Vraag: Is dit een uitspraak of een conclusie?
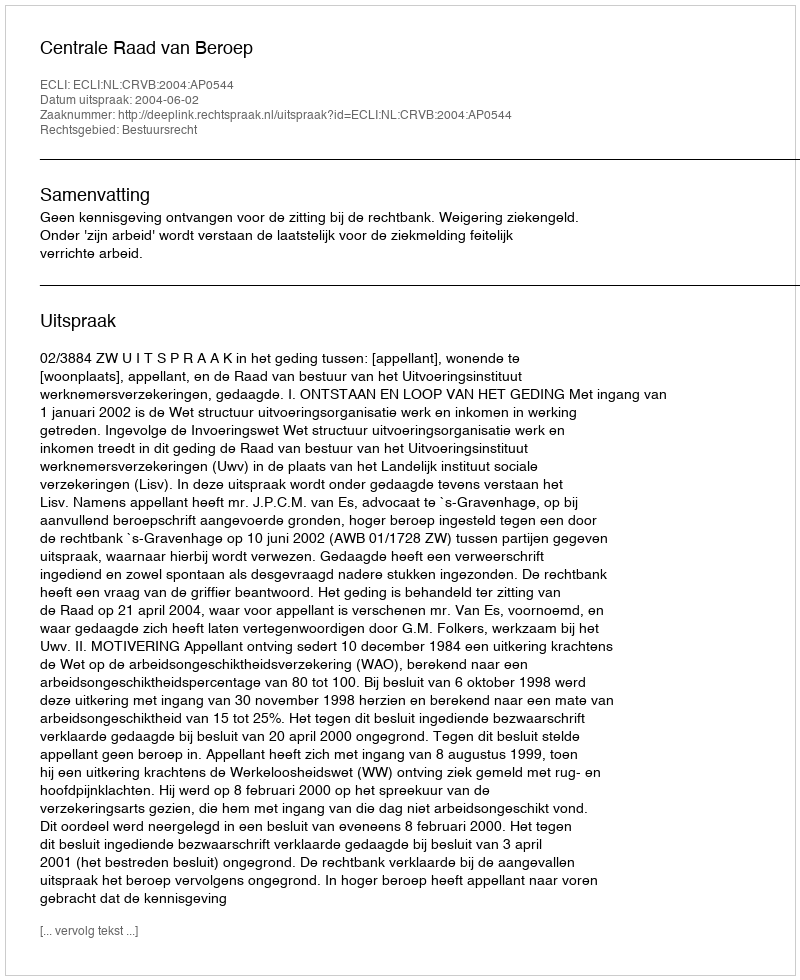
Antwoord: Uitspraak